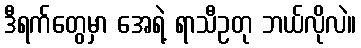
ဒီရက်တွေမှာ အေရဲ့ ရာသီဥတု ဘယ်လိုလဲ။